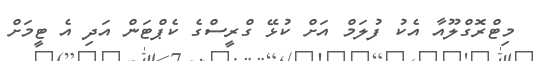
މިޓްރޮގްލޫއާ އެކު ފުލަމް އަށް ކުޅޭ ގްރީސްގެ ކެޕްޓަން އަދި އެ ޓީމަށް